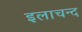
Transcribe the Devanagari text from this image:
इलाचन्द